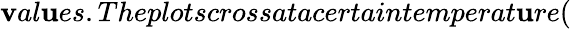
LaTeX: \mathbf{v}al\mathbf{u}es.Theplotscrossatacertaintemperat\mathbf{u}re(